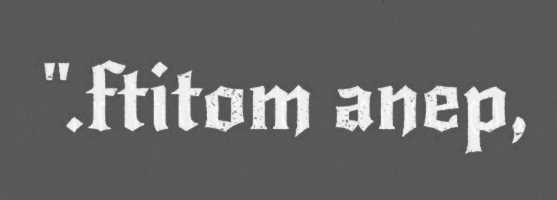
".ftitom anep,